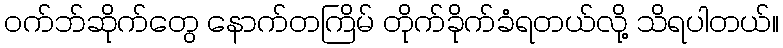
ဝက်ဘ်ဆိုက်တွေ နောက်တကြိမ် တိုက်ခိုက်ခံရတယ်လို့ သိရပါတယ်။